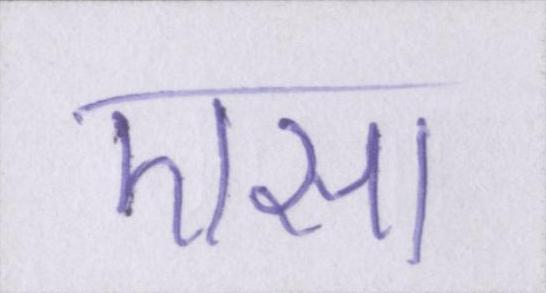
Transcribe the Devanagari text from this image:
एसा